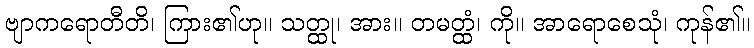
ဗျာကရောတီတိ၊ ကြား၏ဟု။ သတ္ထု၊ အား။ တမတ္ထံ၊ ကို။ အာရောစေသုံ၊ ကုန်၏။